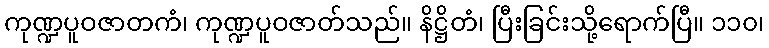
ကုဏ္ဍပူဝဇာတကံ၊ ကုဏ္ဍပူဝဇာတ်သည်။ နိဋ္ဌိတံ၊ ပြီးခြင်းသို့ရောက်ပြီ။ ၁၁၀၊